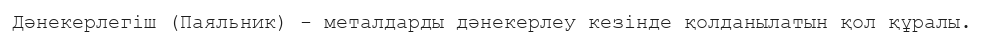
Дәнекерлегіш (Паяльник) - металдарды дәнекерлеу кезінде қолданылатын қол құралы.